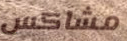
مشاكس